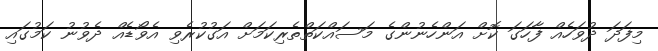
މިފަދަ ދުވަހެއް ފާހަގަ ކޮށް އަންހެނުންގެ މަސައްކަތްތެރިކަމަށް އަގުކުރެވި އެވޯޑެއް ދެވުނު ކަމުގައި